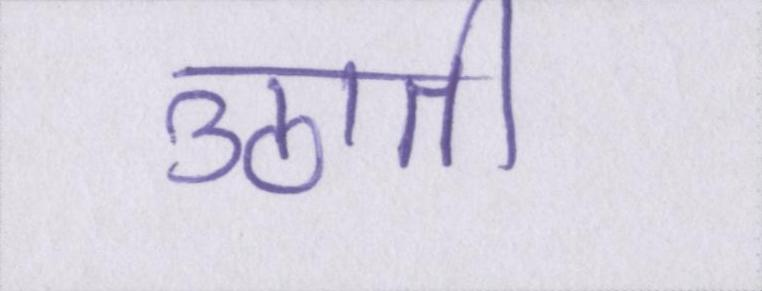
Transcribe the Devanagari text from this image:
उठाती